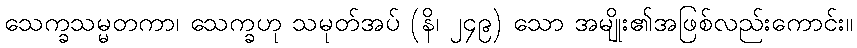
သေက္ခသမ္မတကာ၊ သေက္ခဟု သမုတ်အပ် (နိ၊ ၂၄၉) သော အမျိုး၏အဖြစ်လည်းကောင်း။